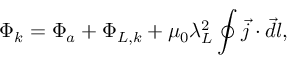
\Phi _ { k } = \Phi _ { a } + \Phi _ { L , k } + \mu _ { 0 } \lambda _ { L } ^ { 2 } \oint \vec { j } \cdot \vec { d l } ,